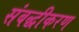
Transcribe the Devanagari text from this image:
संबद्धीकरण